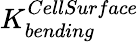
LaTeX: K_{bending}^{CellSurface}